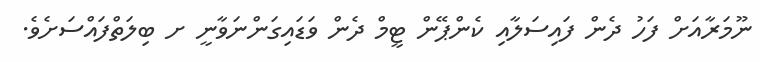
ނޫމަރާއަށް ފަހު ދެން ފައިސަލާއި ކެންޕޭން ޓީމް ދެން ވަޑައިގަންނަވާނީ ށ ބިލަތްފައްސަށެވެ.